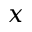
x